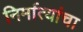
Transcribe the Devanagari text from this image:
निर्मात्यांचा